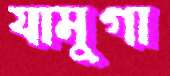
যামুগা